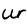
Character: W